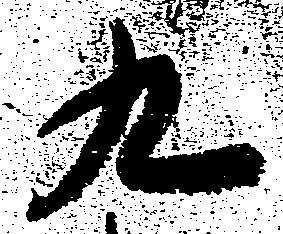
九